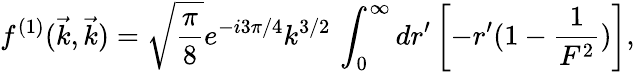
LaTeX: f^{(1)}(\vec{k},\vec{k})=\sqrt{\frac{\pi}{8}}e^{-i3\pi/4}k^{3/2}\, \int_{0}^{\infty}dr^{\prime}\left[-r^{\prime}(1-\frac{1}{F^{2}})\right],